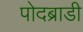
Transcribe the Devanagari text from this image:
पोदब्राडी